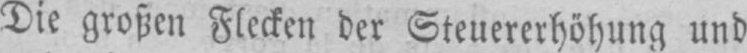
Die großen Flecken der Steuererhöhung und